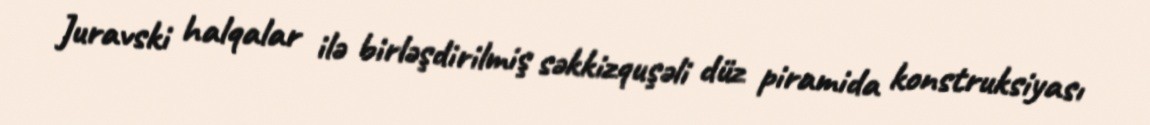
Juravski halqalar ilə birləşdirilmiş səkkizquşəli düz piramida konstruksiyası